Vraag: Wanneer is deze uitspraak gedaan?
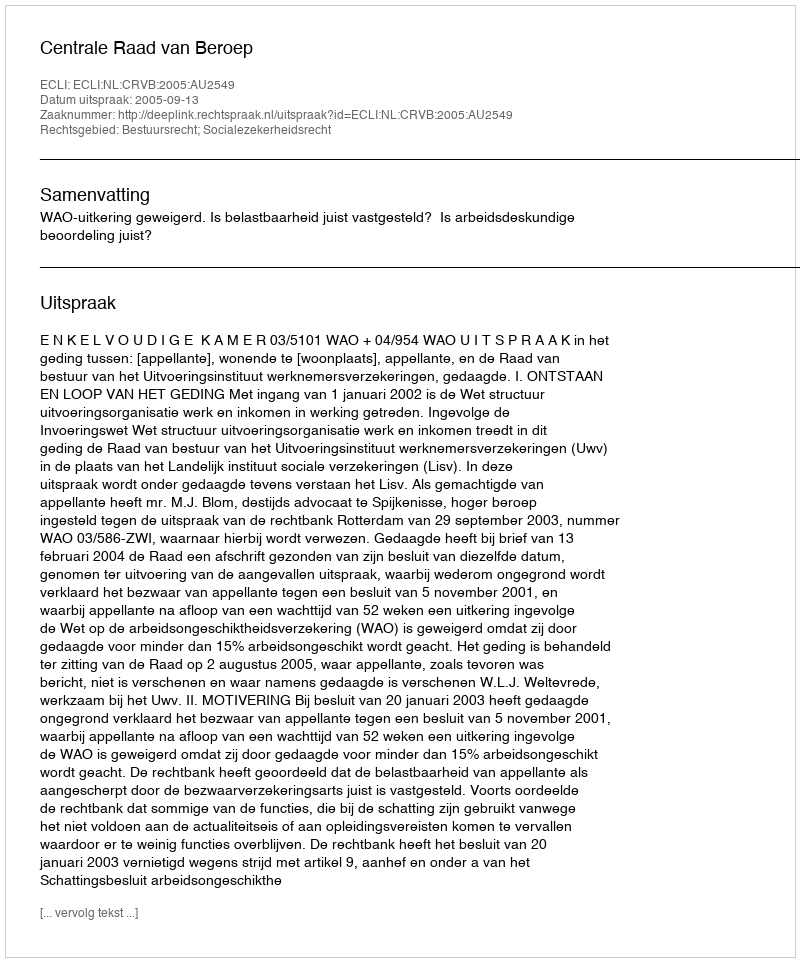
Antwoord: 2005-09-13